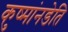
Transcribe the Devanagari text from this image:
कुष्मांनडेति